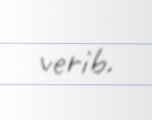
verib.